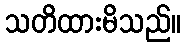
သတိထားမိသည်။